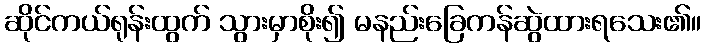
ဆိုင်ကယ်ရုန်းထွက် သွားမှာစိုး၍ မနည်းခြေကန်ဆွဲထားရသေး၏။